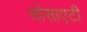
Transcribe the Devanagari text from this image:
सोसाएटी